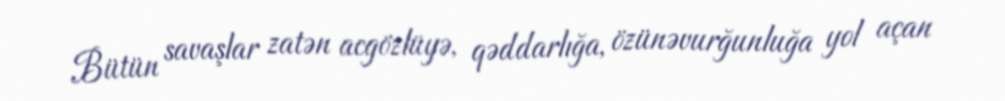
Bütün savaşlar zatən acgözlüyə, qəddarlığa, özünəvurğunluğa yol açan